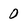
Character: O